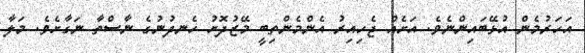
އަހަރުމެން އުޅޭބައިންނެވެ. އަށެއް ޖެހިއިރު އެންމެންތިބީ މޭޒުދޮށު ހެނދުނުގެ ނާސްތާ ނަގާށެވެ. މަލާ